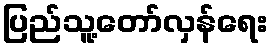
ပြည်သူ့တော်လှန်ရေး